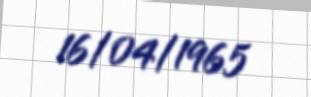
16/04/1965